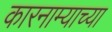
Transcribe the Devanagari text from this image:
कारनाम्याच्या